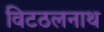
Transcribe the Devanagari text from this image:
विटठलनाथ